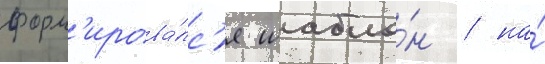
форм'ирова́лс'я шабло́н / на́